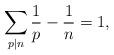
LaTeX: \begin{align*} \sum_{p \mid n} \frac{1}{p}-\frac{1}{n} = 1,\end{align*}